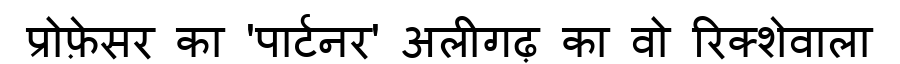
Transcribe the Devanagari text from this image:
प्रोफ़ेसर का 'पार्टनर' अलीगढ़ का वो रिक्शेवाला